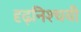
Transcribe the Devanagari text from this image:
दृढ़निश्‍चयी